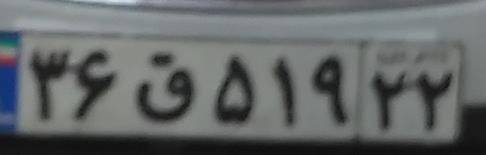
۳۶ق۵۱۹۲۲